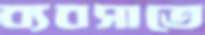
ব্যবসাতে